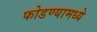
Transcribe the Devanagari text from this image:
फोडण्यामध्ये